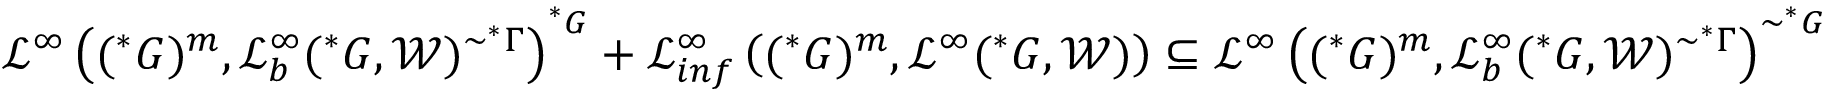
\ensuremath { \mathcal { L } } ^ { \infty } \left( ( ^ { * } G ) ^ { m } , \ensuremath { \mathcal { L } } _ { b } ^ { \infty } ( ^ { * } G , \ensuremath { \mathcal { W } } ) ^ { \sim ^ { * } \Gamma } \right) ^ { ^ { * } G } + \ensuremath { \mathcal { L } } _ { i n f } ^ { \infty } \left( ( ^ { * } G ) ^ { m } , \ensuremath { \mathcal { L } } ^ { \infty } ( ^ { * } G , \ensuremath { \mathcal { W } } ) \right) \subseteq \ensuremath { \mathcal { L } } ^ { \infty } \left( ( ^ { * } G ) ^ { m } , \ensuremath { \mathcal { L } } _ { b } ^ { \infty } ( ^ { * } G , \ensuremath { \mathcal { W } } ) ^ { \sim ^ { * } \Gamma } \right) ^ { \sim ^ { * } G }